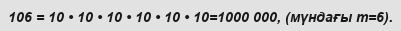
106 = 10 • 10 • 10 • 10 • 10 • 10=1000 000, (мүндағы m=6).